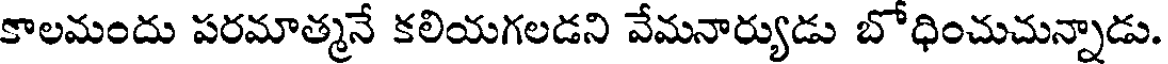
కాలమందు పరమాత్మనే కలియగలడని వేమనార్యుడు బోధించుచున్నాడు.